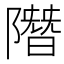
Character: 𨼐